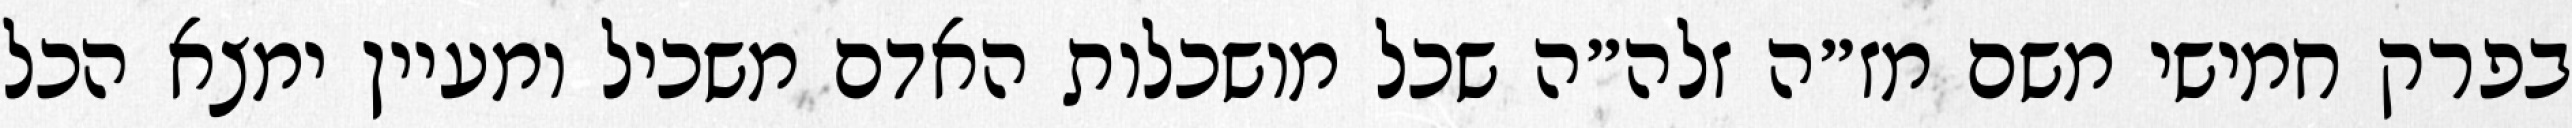
בפרק חמישי משם מז״ה זלה״ה שכל מושכלות האדם משכיל ומעיין ימצא הכל